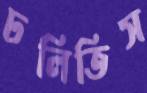
ঢলিতিস